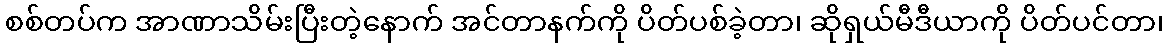
စစ်တပ်က အာဏာသိမ်းပြီးတဲ့နောက် အင်တာနက်ကို ပိတ်ပစ်ခဲ့တာ၊ ဆိုရှယ်မီဒီယာကို ပိတ်ပင်တာ၊